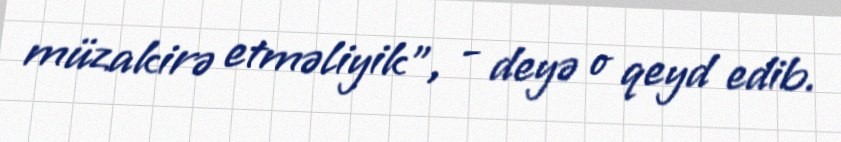
müzakirə etməliyik”, - deyə o qeyd edib.